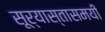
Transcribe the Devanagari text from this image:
सूर्यास्तासमयी